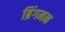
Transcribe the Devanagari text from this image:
ब्रिंगमन